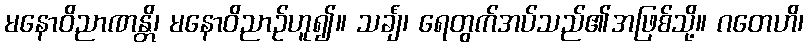
မနောဝိညာဏန္တိ၊ မနောဝိညာဉ်ဟူ၍။ သင်္ချံ၊ ရေတွက်အပ်သည်၏အဖြစ်သို့။ ဂတေဟိ၊